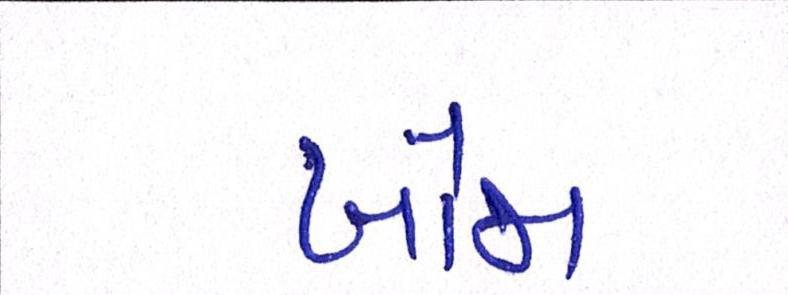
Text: ખોજા